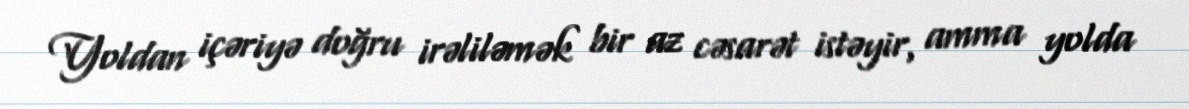
Yoldan içəriyə doğru irəliləmək bir az cəsarət istəyir, amma yolda